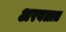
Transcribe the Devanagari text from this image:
अरबलात